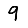
Digit: 9